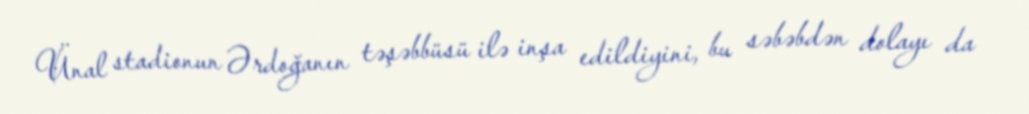
Ünal stadionun Ərdoğanın təşəbbüsü ilə inşa edildiyini, bu səbəbdən dolayı da